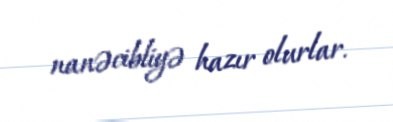
nanəcibliyə hazır olurlar.